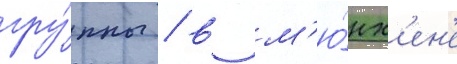
гру́ппы / в м'ю́нх'ен'е